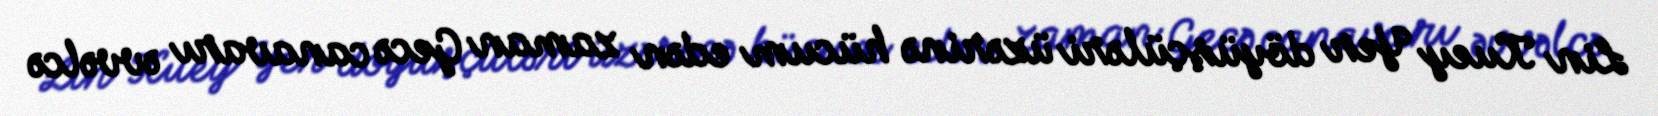
Lin Kuey Yer döyüşçüləri üzərinə hücum edən zaman Gecə canavarı əvvəlcə